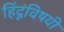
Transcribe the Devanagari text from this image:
हिंदूंविषयी